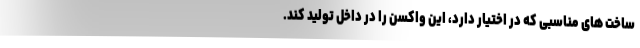
ساخت های مناسبی که در اختیار دارد، این واکسن را در داخل تولید کند.